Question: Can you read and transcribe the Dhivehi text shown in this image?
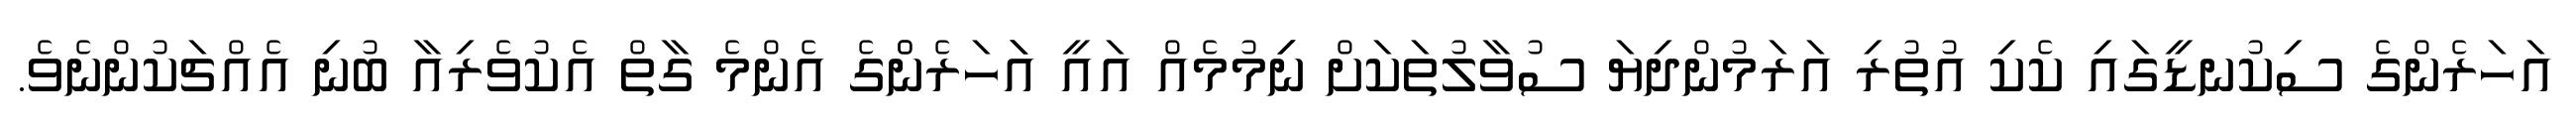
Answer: އަހަރެންގެ ސިކުނޑީގައި ކެކި އުތުރި އަރަމުންދިޔަ ސުވާލުތަކަށް ނިިމުމެއް އައީ އަަހަރެންްގެ އެންމެ ގާތް އެކުވެރިއާ ބުނި އެއްޗަކުންނެވެ.